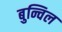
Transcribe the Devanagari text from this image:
बुन्चिल